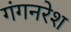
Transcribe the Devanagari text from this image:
गंगनरेश